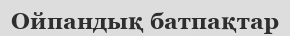
Ойпандық батпақтар